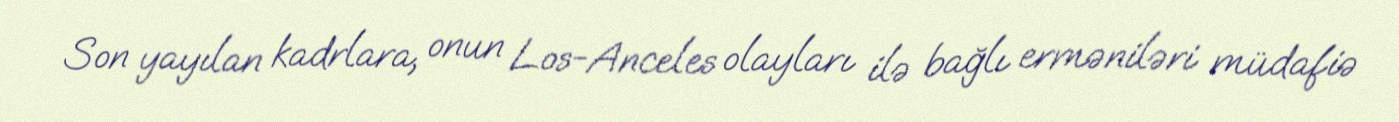
Son yayılan kadrlara, onun Los-Anceles olayları ilə bağlı erməniləri müdafiə